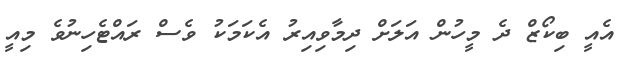
އެއީ ބިކޯޒް ދެ މީހުން އަލަށް ދިމާވިއިރު އެކަމަކު ވެސް ރައްޓެހިނުވެ މިއީ